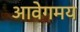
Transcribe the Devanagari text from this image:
आवेगमय